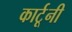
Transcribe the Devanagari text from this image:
कार्टूनी